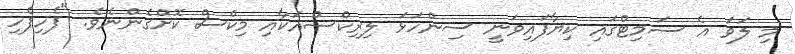
މި ލަވަ އެ ސަމިޓްގައި ކިޔާފައިވަނީ ސިންހަޅަ ލިރިކްސްއަކާއި މިކްސް ކޮށްގެންނެވެ. "ފެހިފެހި